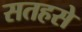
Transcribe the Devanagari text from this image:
सतहसे